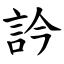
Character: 訡